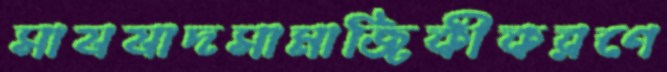
সাযযাদসামাজিকীকরণে